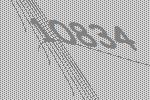
10834